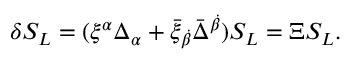
\delta S _ { L } = ( \xi ^ { \alpha } \Delta _ { \alpha } + \bar { \xi } _ { \dot { \beta } } \bar { \Delta } ^ { \dot { \beta } } ) S _ { L } = \Xi S _ { L } .